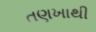
તણખાથી